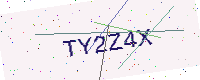
Text: TY2Z4X